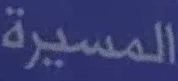
المسيرة